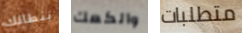
بنطالك والكعك متطلبات